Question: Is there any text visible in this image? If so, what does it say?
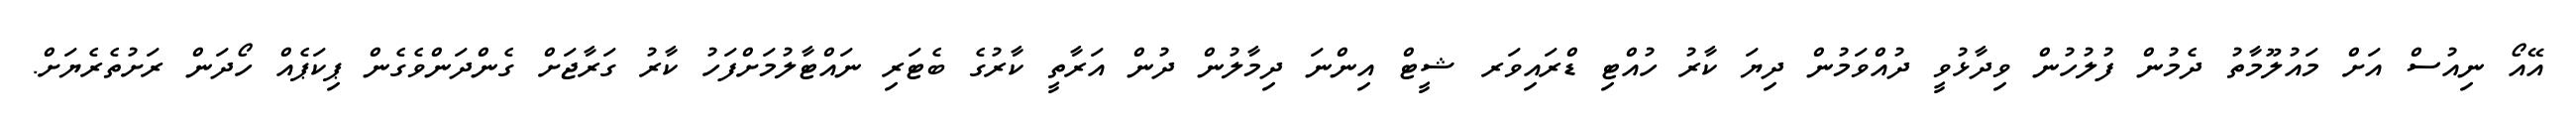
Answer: އޭއޯ ނިއުސް އަށް މައުލޫމާތު ދެމުން ފުލުހުން ވިދާޅުވީ ދުއްވަމުން ދިޔަ ކާރު ހުއްޓި ޑްރައިވަރ ޝީޓް އިންނަ ދިމާލުން ދުން އަރާތީ ކާރުގެ ބެޓަރި ނައްޓާލުމަށްފަހު ކާރު ގަރާޖަށް ގެންދަންވެގެން ޕިކަޕެއް ހޯދަން ރަށުތެރެޔަށް.